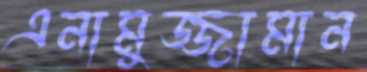
এনামুজ্জামান